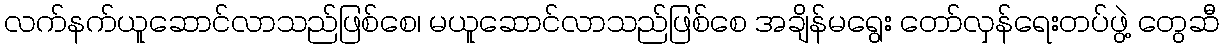
လက်နက်ယူဆောင်လာသည်ဖြစ်စေ၊ မယူဆောင်လာသည်ဖြစ်စေ အချိန်မရွေး တော်လှန်ရေးတပ်ဖွဲ့ တွေဆီ